Report of the Municipal Commissioner on the plague in Bombay for the year ending 31st May... - Volume 3
Disease focus: Plague
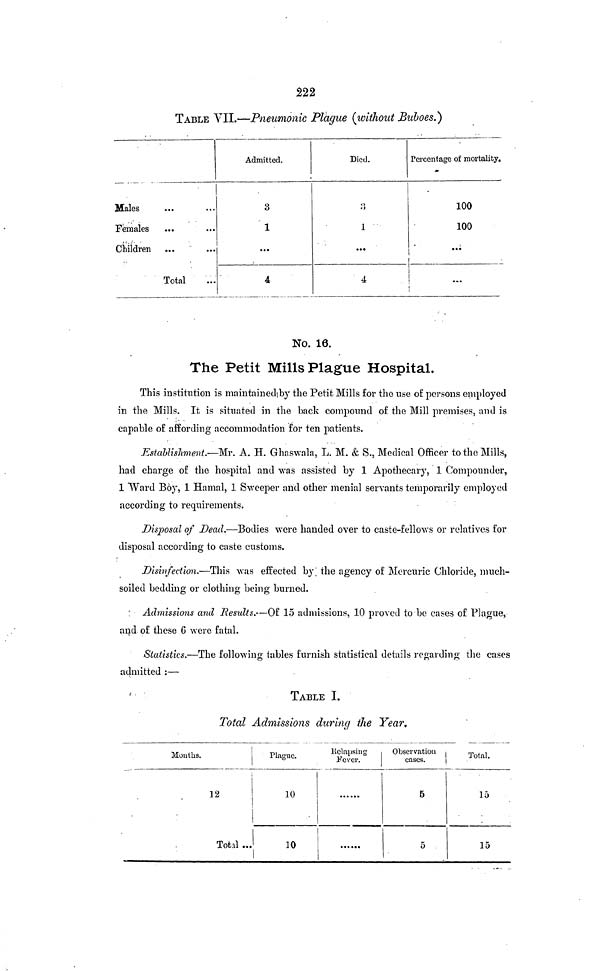
222
TABLE VII.—Pneumonic Plague (without Buboes.)
Males
Females
Children
Total
Admitted.
3
1
...
4
Died.
4
Percentage of mortality.
100
100
No. 16.
The Petit Mills Plague Hospital.
This institution is maintained by the Petit Mills for the use of persons employed
in the Mills. It is situated in the back compound of the Mill premises, and is
capable of affording accommodation for ten patients.
Establishment.—'Mr. A. H. Ghaswala, L. M. & S., Medical Officer to the Mills,
had charge of the hospital and was assisted by 1 Apothecary, 1 Compounder,
1 Ward Boy, 1 Hamal, 1 Sweeper and other menial servants temporarily employed
according to requirements.
Disposal of Dead.—Bodies were handed over to caste-fellows or relatives for
disposal according to caste customs.
Disinfection.—This was effected by; the agency of Mercuric Chloride, much-
soiled bedding or clothing being burned.
Admissions and Results.—Of 15 admissions, 10 proved to be cases of Plague,
and of these 6 were fatal.
Statistics.—The following tables furnish statistical details regarding the cases
admitted :—
TABLE I.
Total Admissions during the Year,
Monhs.
12
Total ...
Plague.
10
10
Relapsing
Fever.
Observation
cases.
5
5
Total.
15
15